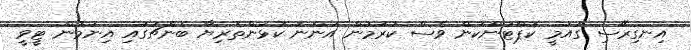
އިނގިރޭސި ގައުމީ ކެޕްޓަންކަން ވެސް ކުރަމުން އަންނަ ކުޅުންތެރިޔާ ބެންޗުގައި އިނުމުން ޓީވީ